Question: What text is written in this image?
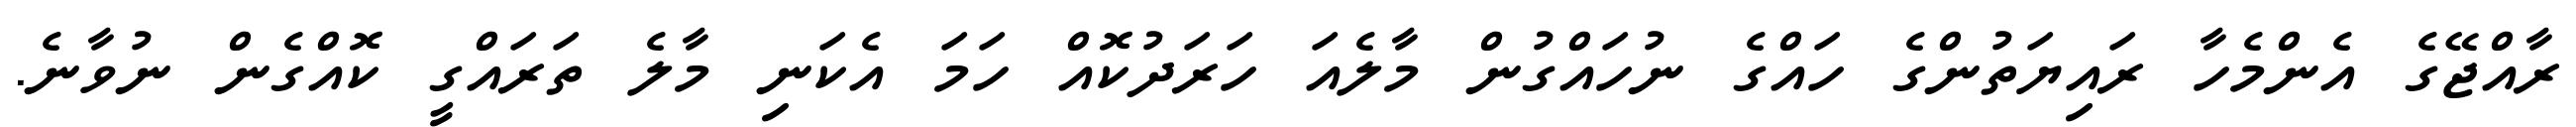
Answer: ރާއްޖޭގެ އެންމެހާ ރައިޔަތުންގެ ހައްގެ ނުހައްގުން މާލެއަ ހަރަދުކޮއް ހަމަ އެކަނި މާލެ ތަރައްގީ ކޮއްގެން ނުވާނެ.